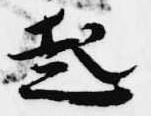
起